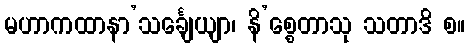
မဟာကထာနာ’သင်္ချေယျာ၊ နိ’စ္စေတာသု သတာဒိ စ။